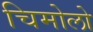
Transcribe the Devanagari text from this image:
चिमोलो